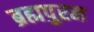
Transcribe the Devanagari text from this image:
ब्रह्मपुरम